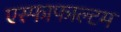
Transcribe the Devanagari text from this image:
एस्फाफाल्टम